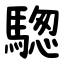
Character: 騘